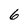
Character: 6